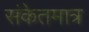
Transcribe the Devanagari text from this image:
संकेतमात्र